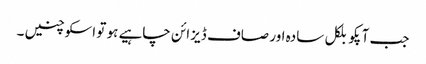
جب آپکو بلکل سادہ اور صاف ڈیزائن چاہیے ہو تو اسکو چنیں ۔